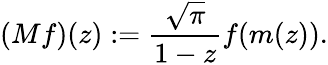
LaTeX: (Mf)(z):={\frac{\sqrt{\pi}}{1-z}}f(m(z)).